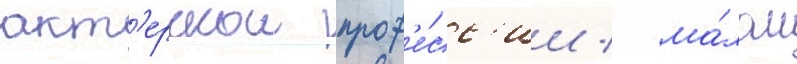
акт'ерскои проф'е́сс'ии / ма́лом